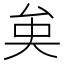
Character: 𠫪